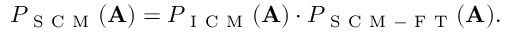
P _ { \mathrm { ~ S ~ C ~ M ~ } } ( \mathbf { A } ) = P _ { \mathrm { ~ I ~ C ~ M ~ } } ( \mathbf { A } ) \cdot P _ { \mathrm { ~ S ~ C ~ M ~ - ~ F ~ T ~ } } ( \mathbf { A } ) .